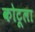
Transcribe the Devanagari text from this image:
कोटूला